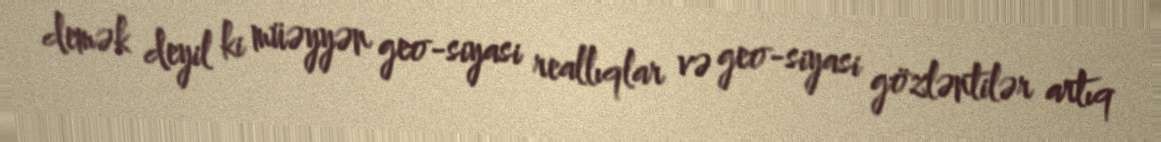
demək deyil ki müəyyən geo-siyasi reallıqlar və geo-siyasi gözləntilər artıq